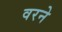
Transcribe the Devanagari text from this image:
वरने